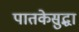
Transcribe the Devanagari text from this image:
पातकेसुद्धा